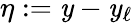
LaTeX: \eta:=\mathit{y}-\mathit{y}_{\ell}